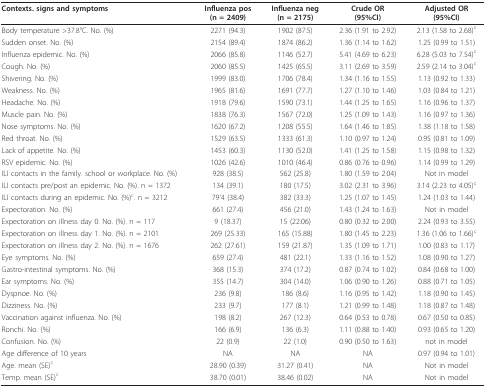
<table><thead><tr><td><b>Contexts. signs and symptoms</b></td><td><b>Influenza pos(n = 2409)</b></td><td><b>Influenza neg(n = 2175)</b></td><td><b>Crude OR(95%CI)</b></td><td><b>Adjusted OR(95%CI)</b></td></tr></thead><tbody><tr><td>Body temperature &gt;37.8°C. No. (%)</td><td>2271 (94.3)</td><td>1902 (87.5)</td><td>2.36 (1.91 to 2.92)</td><td>2.13 (1.58 to 2.68)<sup>c</sup></td></tr><tr><td>Sudden onset. No. (%)</td><td>2154 (89.4)</td><td>1874 (86.2)</td><td>1.36 (1.14 to 1.62)</td><td>1.25 (0.99 to 1.51)</td></tr><tr><td>Influenza epidemic. No. (%)</td><td>2066 (85.8)</td><td>1146 (52.7)</td><td>5.41 (4.69 to 6.23)</td><td>6.28 (5.03 to 7.54)<sup>c</sup></td></tr><tr><td>Cough. No. (%)</td><td>2060 (85.5)</td><td>1425 (65.5)</td><td>3.11 (2.69 to 3.59)</td><td>2.59 (2.14 to 3.04)<sup>c</sup></td></tr><tr><td>Shivering. No. (%)</td><td>1999 (83.0)</td><td>1706 (78.4)</td><td>1.34 (1.16 to 1.55)</td><td>1.13 (0.92 to 1.33)</td></tr><tr><td>Weakness. No. (%)</td><td>1965 (81.6)</td><td>1691 (77.7)</td><td>1.27 (1.10 to 1.46)</td><td>1.03 (0.84 to 1.21)</td></tr><tr><td>Headache. No. (%)</td><td>1918 (79.6)</td><td>1590 (73.1)</td><td>1.44 (1.25 to 1.65)</td><td>1.16 (0.96 to 1.37)</td></tr><tr><td>Muscle pain. No. (%)</td><td>1838 (76.3)</td><td>1567 (72.0)</td><td>1.25 (1.09 to 1.43)</td><td>1.16 (0.97 to 1.36)</td></tr><tr><td>Nose symptoms. No. (%)</td><td>1620 (67.2)</td><td>1208 (55.5)</td><td>1.64 (1.46 to 1.85)</td><td>1.38 (1.18 to 1.58)</td></tr><tr><td>Red throat. No. (%)</td><td>1529 (63.5)</td><td>1333 (61.3)</td><td>1.10 (0.97 to 1.24)</td><td>0.95 (0.81 to 1.09)</td></tr><tr><td>Lack of appetite. No. (%)</td><td>1453 (60.3)</td><td>1130 (52.0)</td><td>1.41 (1.25 to 1.58)</td><td>1.15 (0.98 to 1.32)</td></tr><tr><td>RSV epidemic. No. (%)</td><td>1026 (42.6)</td><td>1010 (46.4)</td><td>0.86 (0.76 to 0.96)</td><td>1.14 (0.99 to 1.29)</td></tr><tr><td>ILI contacts in the family. school or workplace. No. (%)</td><td>928 (38.5)</td><td>562 (25.8)</td><td>1.80 (1.59 to 2.04)</td><td>Not in model</td></tr><tr><td>ILI contacts pre/post an epidemic. No. (%). n = 1372</td><td>134 (39.1)</td><td>180 (17.5)</td><td>3.02 (2.31 to 3.96)</td><td>3.14 (2.23 to 4.05)<sup>c</sup></td></tr><tr><td>ILI contacts during an epidemic. No. (%)<sup>c</sup>. n = 3212</td><td>79&#x27;4 (38.4)</td><td>382 (33.3)</td><td>1.25 (1.07 to 1.45)</td><td>1.24 (1.03 to 1.44)</td></tr><tr><td>Expectoration. No. (%)</td><td>661 (27.4)</td><td>456 (21.0)</td><td>1.43 (1.24 to 1.63)</td><td>Not in model</td></tr><tr><td>Expectoration on illness day 0. No. (%). n = 117</td><td>9 (18.37)</td><td>15 (22.06)</td><td>0.80 (0.32 to 2.00)</td><td>2.24 (0.93 to 3.55)</td></tr><tr><td>Expectoration on illness day 1. No. (%). n = 2101</td><td>269 (25.33)</td><td>165 (15.88)</td><td>1.80 (1.45 to 2.23)</td><td>1.36 (1.06 to 1.66)<sup>c</sup></td></tr><tr><td>Expectoration on illness day 2. No. (%). n = 1676</td><td>262 (27.61)</td><td>159 (21.87)</td><td>1.35 (1.09 to 1.71)</td><td>1.00 (0.83 to 1.17)</td></tr><tr><td>Eye symptoms. No. (%)</td><td>659 (27.4)</td><td>481 (22.1)</td><td>1.33 (1.16 to 1.52)</td><td>1.08 (0.90 to 1.27)</td></tr><tr><td>Gastro-intestinal symptoms. No. (%)</td><td>368 (15.3)</td><td>374 (17.2)</td><td>0.87 (0.74 to 1.02)</td><td>0.84 (0.68 to 1.00)</td></tr><tr><td>Ear symptoms. No. (%)</td><td>355 (14.7)</td><td>304 (14.0)</td><td>1.06 (0.90 to 1.26)</td><td>0.88 (0.71 to 1.05)</td></tr><tr><td>Dyspnoe. No. (%)</td><td>236 (9.8)</td><td>186 (8.6)</td><td>1.16 (0.95 to 1.42)</td><td>1.18 (0.90 to 1.45)</td></tr><tr><td>Dizziness. No. (%)</td><td>233 (9.7)</td><td>177 (8.1)</td><td>1.21 (0.99 to 1.48)</td><td>1.18 (0.87 to 1.48)</td></tr><tr><td>Vaccination against influenza. No. (%)</td><td>198 (8.2)</td><td>267 (12.3)</td><td>0.64 (0.53 to 0.78)</td><td>0.67 (0.50 to 0.85)</td></tr><tr><td>Ronchi. No. (%)</td><td>166 (6.9)</td><td>136 (6.3)</td><td>1.11 (0.88 to 1.40)</td><td>0.93 (0.65 to 1.20)</td></tr><tr><td>Confusion. No. (%)</td><td>22 (0.9)</td><td>22 (1.0)</td><td>0.90 (0.50 to 1.63)</td><td>not in model</td></tr><tr><td>Age difference of 10 years</td><td>NA</td><td>NA</td><td>NA</td><td>0.97 (0.94 to 1.01)</td></tr><tr><td>Age. mean (SE) <sup>c</sup></td><td>28.90 (0.39)</td><td>31.27 (0.41)</td><td>NA</td><td>Not in model</td></tr><tr><td>Temp. mean (SE) <sup>c </sup></td><td>38.70 (0.01)</td><td>38.46 (0.02)</td><td>NA</td><td>Not in model</td></tr></tbody></table>